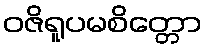
ဝဇိရူပမစိတ္တော